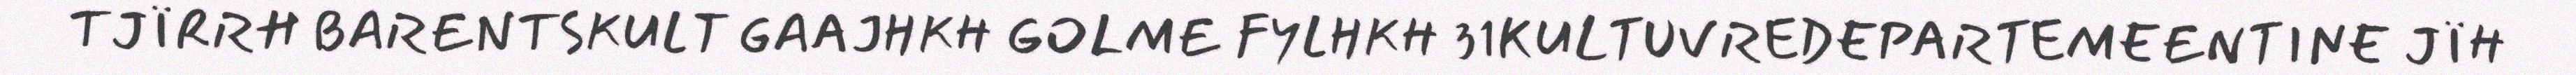
TJÏRRH BARENTSKULT GAAJHKH GOLME FYLHKH 31KULTUVREDEPARTEMEENTINE JÏH